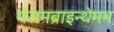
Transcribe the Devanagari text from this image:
मेसमब्राइन्थेमम